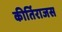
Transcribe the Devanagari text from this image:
कीर्तिराजस